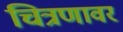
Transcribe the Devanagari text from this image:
चित्रणावर